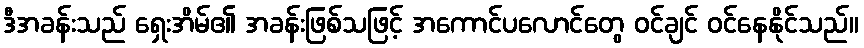
ဒီအခန်းသည် ရှေးအိမ်၏ အခန်းဖြစ်သဖြင့် အကောင်ပလောင်တွေ ဝင်ချင် ဝင်နေနိုင်သည်။